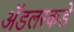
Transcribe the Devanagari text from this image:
ॲडलरकडे